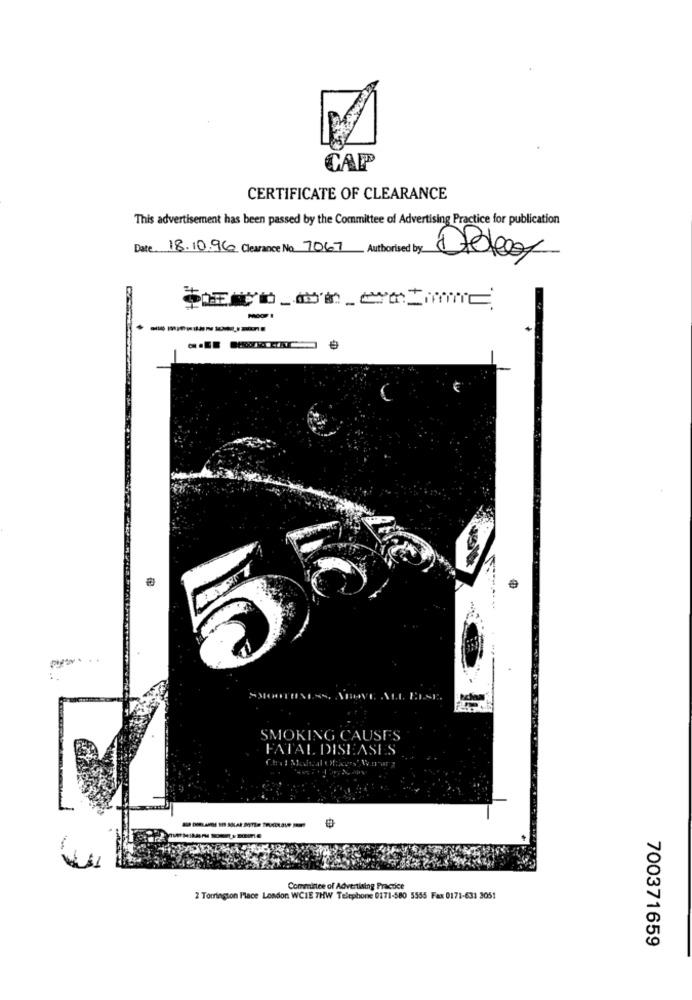
CAP
CERTIFICATE OF CLEARANCE
This advertisement has been passed by the Committee of Advertising Practice for publication
Date 18.10.96 Clearance No 7067 Authorised by
-------
VI.
SMOKING CAUSES
FATAL DISEASES
Committee of Advertising Practice
2 Torrington Place London WCIE 7HW Telephone 0171-580 5555 Fax 0171-631 3051
700371659